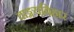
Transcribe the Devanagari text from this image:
वाङ्मयविहार